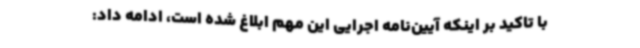
با تاکید بر اینکه آیین‌نامه اجرایی این مهم ابلاغ شده است، ادامه داد:‌